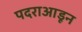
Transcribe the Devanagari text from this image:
पदराआडून